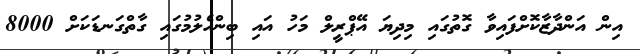
އިން އަންދާޒާކޮށްފައިވާ ގޮތުގައި މިދިޔަ އޭޕްރީލް މަހު އައި ބިންހެލުމުގައި ގާތްގަނޑަކަށް 8000